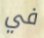
في